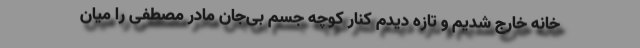
خانه خارج شدیم و تازه دیدم کنار کوچه جسم بی‌جان مادر مصطفی را میان